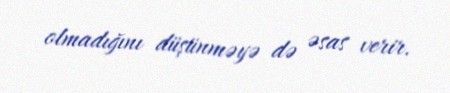
olmadığını düşünməyə də əsas verir.